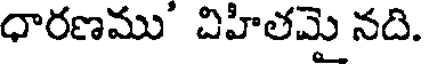
ధారణము' చిహిలమై నది.